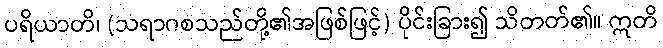
ပရိယာတိ၊ (သရာဂစသည်တို့၏အဖြစ်ဖြင့်) ပိုင်းခြား၍ သိတတ်၏။ ဣတိ